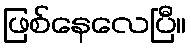
ဖြစ်နေလေပြီ။